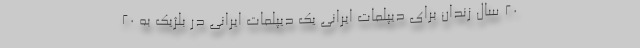
20 سال زندان برای دیپلمات ایرانی یک دیپلمات ایرانی در بلژیک به 20